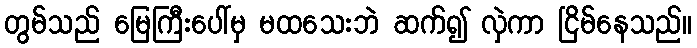
တွမ်သည် မြေကြီးပေါ်မှ မထသေးဘဲ ဆက်၍ လှဲကာ ငြိမ်နေသည်။